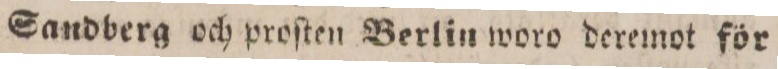
Sandberg och proſten Berlin woro deremot för